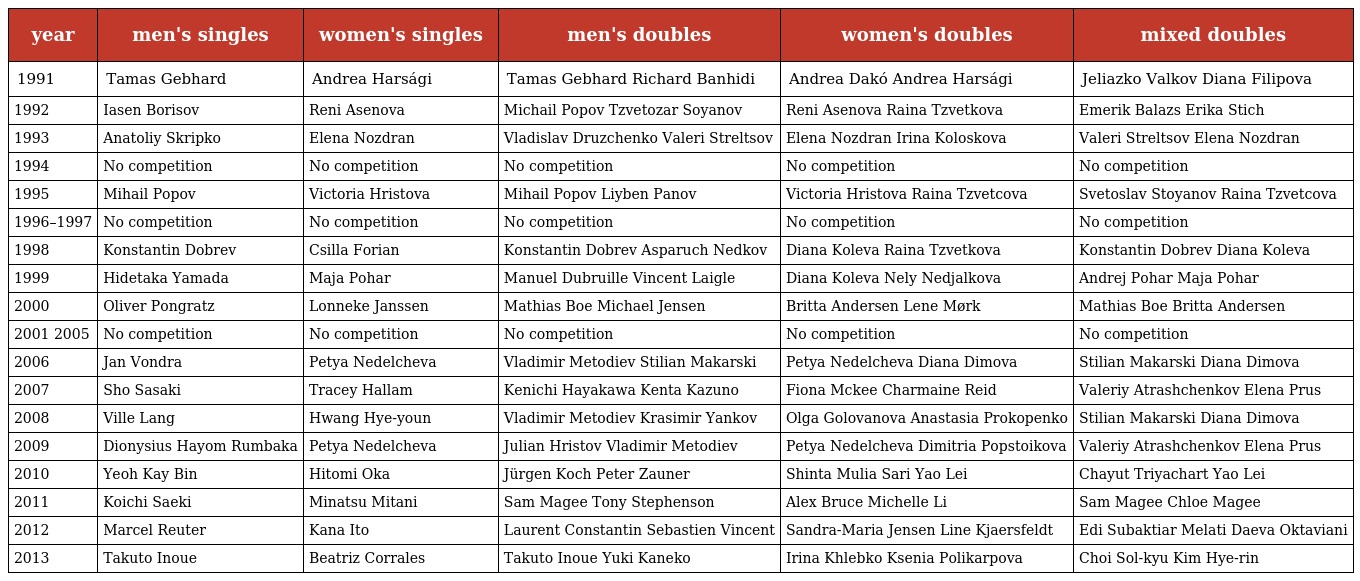
| year | men's singles | women's singles | men's doubles | women's doubles | mixed doubles |
 | --- | --- | --- | --- | --- | --- |
 | 1991 | Tamas Gebhard | Andrea Harsági | Tamas Gebhard Richard Banhidi | Andrea Dakó Andrea Harsági | Jeliazko Valkov Diana Filipova |
 | 1992 | Iasen Borisov | Reni Asenova | Michail Popov Tzvetozar Soyanov | Reni Asenova Raina Tzvetkova | Emerik Balazs Erika Stich |
 | 1993 | Anatoliy Skripko | Elena Nozdran | Vladislav Druzchenko Valeri Streltsov | Elena Nozdran Irina Koloskova | Valeri Streltsov Elena Nozdran |
 | 1994 | No competition | No competition | No competition | No competition | No competition |
 | 1995 | Mihail Popov | Victoria Hristova | Mihail Popov Liyben Panov | Victoria Hristova Raina Tzvetcova | Svetoslav Stoyanov Raina Tzvetcova |
 | 1996–1997 | No competition | No competition | No competition | No competition | No competition |
 | 1998 | Konstantin Dobrev | Csilla Forian | Konstantin Dobrev Asparuch Nedkov | Diana Koleva Raina Tzvetkova | Konstantin Dobrev Diana Koleva |
 | 1999 | Hidetaka Yamada | Maja Pohar | Manuel Dubruille Vincent Laigle | Diana Koleva Nely Nedjalkova | Andrej Pohar Maja Pohar |
 | 2000 | Oliver Pongratz | Lonneke Janssen | Mathias Boe Michael Jensen | Britta Andersen Lene Mørk | Mathias Boe Britta Andersen |
 | 2001 2005 | No competition | No competition | No competition | No competition | No competition |
 | 2006 | Jan Vondra | Petya Nedelcheva | Vladimir Metodiev Stilian Makarski | Petya Nedelcheva Diana Dimova | Stilian Makarski Diana Dimova |
 | 2007 | Sho Sasaki | Tracey Hallam | Kenichi Hayakawa Kenta Kazuno | Fiona Mckee Charmaine Reid | Valeriy Atrashchenkov Elena Prus |
 | 2008 | Ville Lang | Hwang Hye-youn | Vladimir Metodiev Krasimir Yankov | Olga Golovanova Anastasia Prokopenko | Stilian Makarski Diana Dimova |
 | 2009 | Dionysius Hayom Rumbaka | Petya Nedelcheva | Julian Hristov Vladimir Metodiev | Petya Nedelcheva Dimitria Popstoikova | Valeriy Atrashchenkov Elena Prus |
 | 2010 | Yeoh Kay Bin | Hitomi Oka | Jürgen Koch Peter Zauner | Shinta Mulia Sari Yao Lei | Chayut Triyachart Yao Lei |
 | 2011 | Koichi Saeki | Minatsu Mitani | Sam Magee Tony Stephenson | Alex Bruce Michelle Li | Sam Magee Chloe Magee |
 | 2012 | Marcel Reuter | Kana Ito | Laurent Constantin Sebastien Vincent | Sandra-Maria Jensen Line Kjaersfeldt | Edi Subaktiar Melati Daeva Oktaviani |
 | 2013 | Takuto Inoue | Beatriz Corrales | Takuto Inoue Yuki Kaneko | Irina Khlebko Ksenia Polikarpova | Choi Sol-kyu Kim Hye-rin |